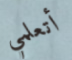
أتعلمي